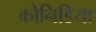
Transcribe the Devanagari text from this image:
कोनिडिया